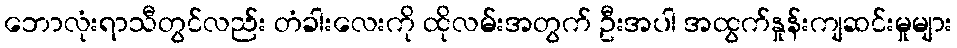
ဘောလုံးရာသီတွင်လည်း တံခါးလေးကို ထိုလမ်းအတွက် ဦးအပါ အထွက်နှုန်းကျဆင်းမှုများ